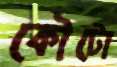
কৌটো